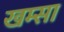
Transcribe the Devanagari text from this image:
खम्सा